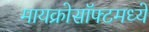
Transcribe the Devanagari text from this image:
मायक्रोसॉफ्टमध्ये